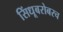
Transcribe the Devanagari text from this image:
सिंधूबरोबरच